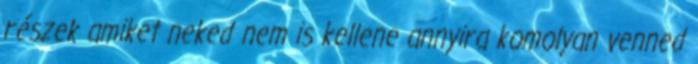
részek amiket neked nem is kellene annyira komolyan venned